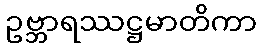
ဥဗ္ဘာရဿဋ္ဌမာတိကာ